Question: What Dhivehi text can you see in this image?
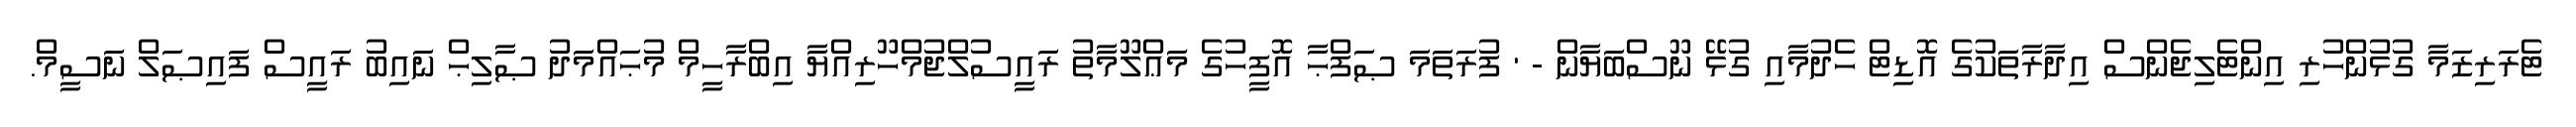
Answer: ޓެރަރިޒަމާ ގުޅުންހުރި އިންޓެލިޖެންސް އިދާރާތަކުގެ އޮޑިޓް ހެދުމާއި ގުޅޭ ނޫސްބަޔާން - ' ފުރަތަމަ ޞަފްޙާ އޮފީހުގެ މަޢްލޫމާތު ރައީސުލްޖުމްހޫރިއްޔާ އިބްރާހީމް މުޙައްމަދު ޞާލިޙް ނައިބު ރައީސް ފައިޞަލް ނަސީމް.